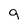
Character: g